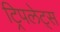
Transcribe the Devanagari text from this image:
ट्रिपलेट्स